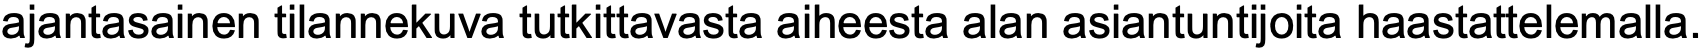
ajantasainen tilannekuva tutkittavasta aiheesta alan asiantuntijoita haastattelemalla.